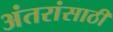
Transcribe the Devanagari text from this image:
अंतरांसाठी